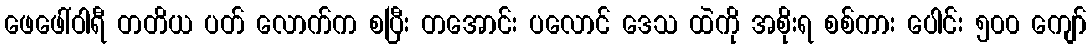
ဖေဖေါ်ဝါရီ တတိယ ပတ် လောက်က စပြီး တအောင်း ပလောင် ဒေသ ထဲကို အစိုးရ စစ်ကား ပေါင်း ၅၀၀ ကျော်